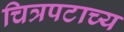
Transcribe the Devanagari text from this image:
चित्रपटाच्य